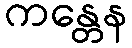
ကန္တေန